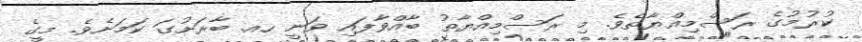
ކުރުމުގެ ރަސްމިއްޔާތެވެ. މި ރަސްމިއްޔާތު ބާއްވާފައި ވަނީ ހއ. ބާރަށުގަ ކަމަށެވެ. މީގެ